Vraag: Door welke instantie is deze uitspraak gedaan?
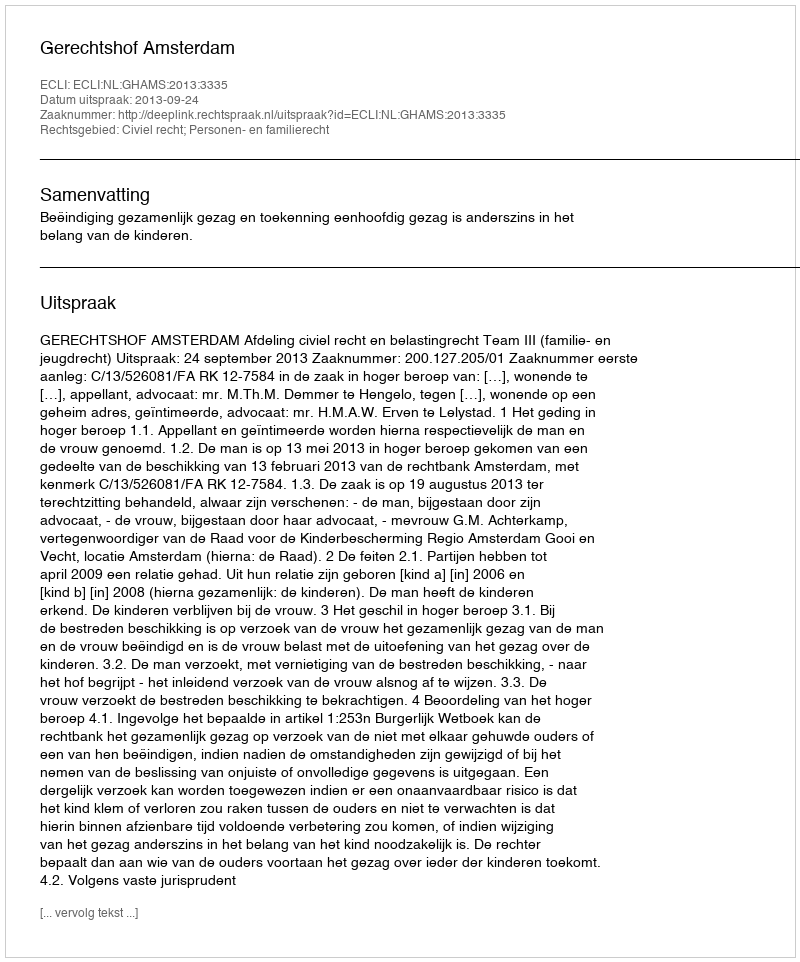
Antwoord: Gerechtshof Amsterdam